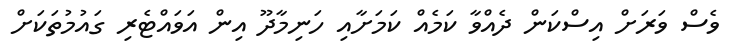
ވެސް ވަރަށް އިސްކަން ދެއްވާ ކަމެއް ކަމަށާއި ހަނިމާދޫ އިން އަވައްޓެރި ގައުމުތަކަށް